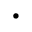
\bullet